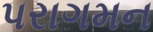
પરાગમન